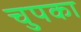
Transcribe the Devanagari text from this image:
चुपका